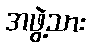
အဖွဲ့သား